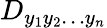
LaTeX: D_{y_{1}y_{2}\dots y_{n}}